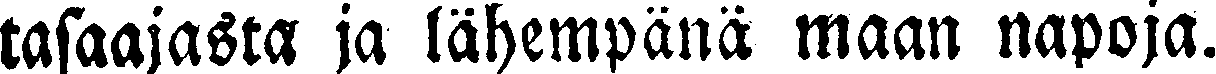
tasaajasta ja lähempänä maan napoja.